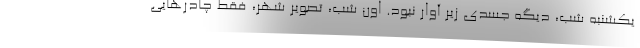
يكشنبه شب، ديگه جسدي زير آوار نبود. اون شب، تصوير شهر، فقط چادرهايي